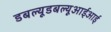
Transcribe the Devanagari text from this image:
डबल्यूडबल्यूआईआई